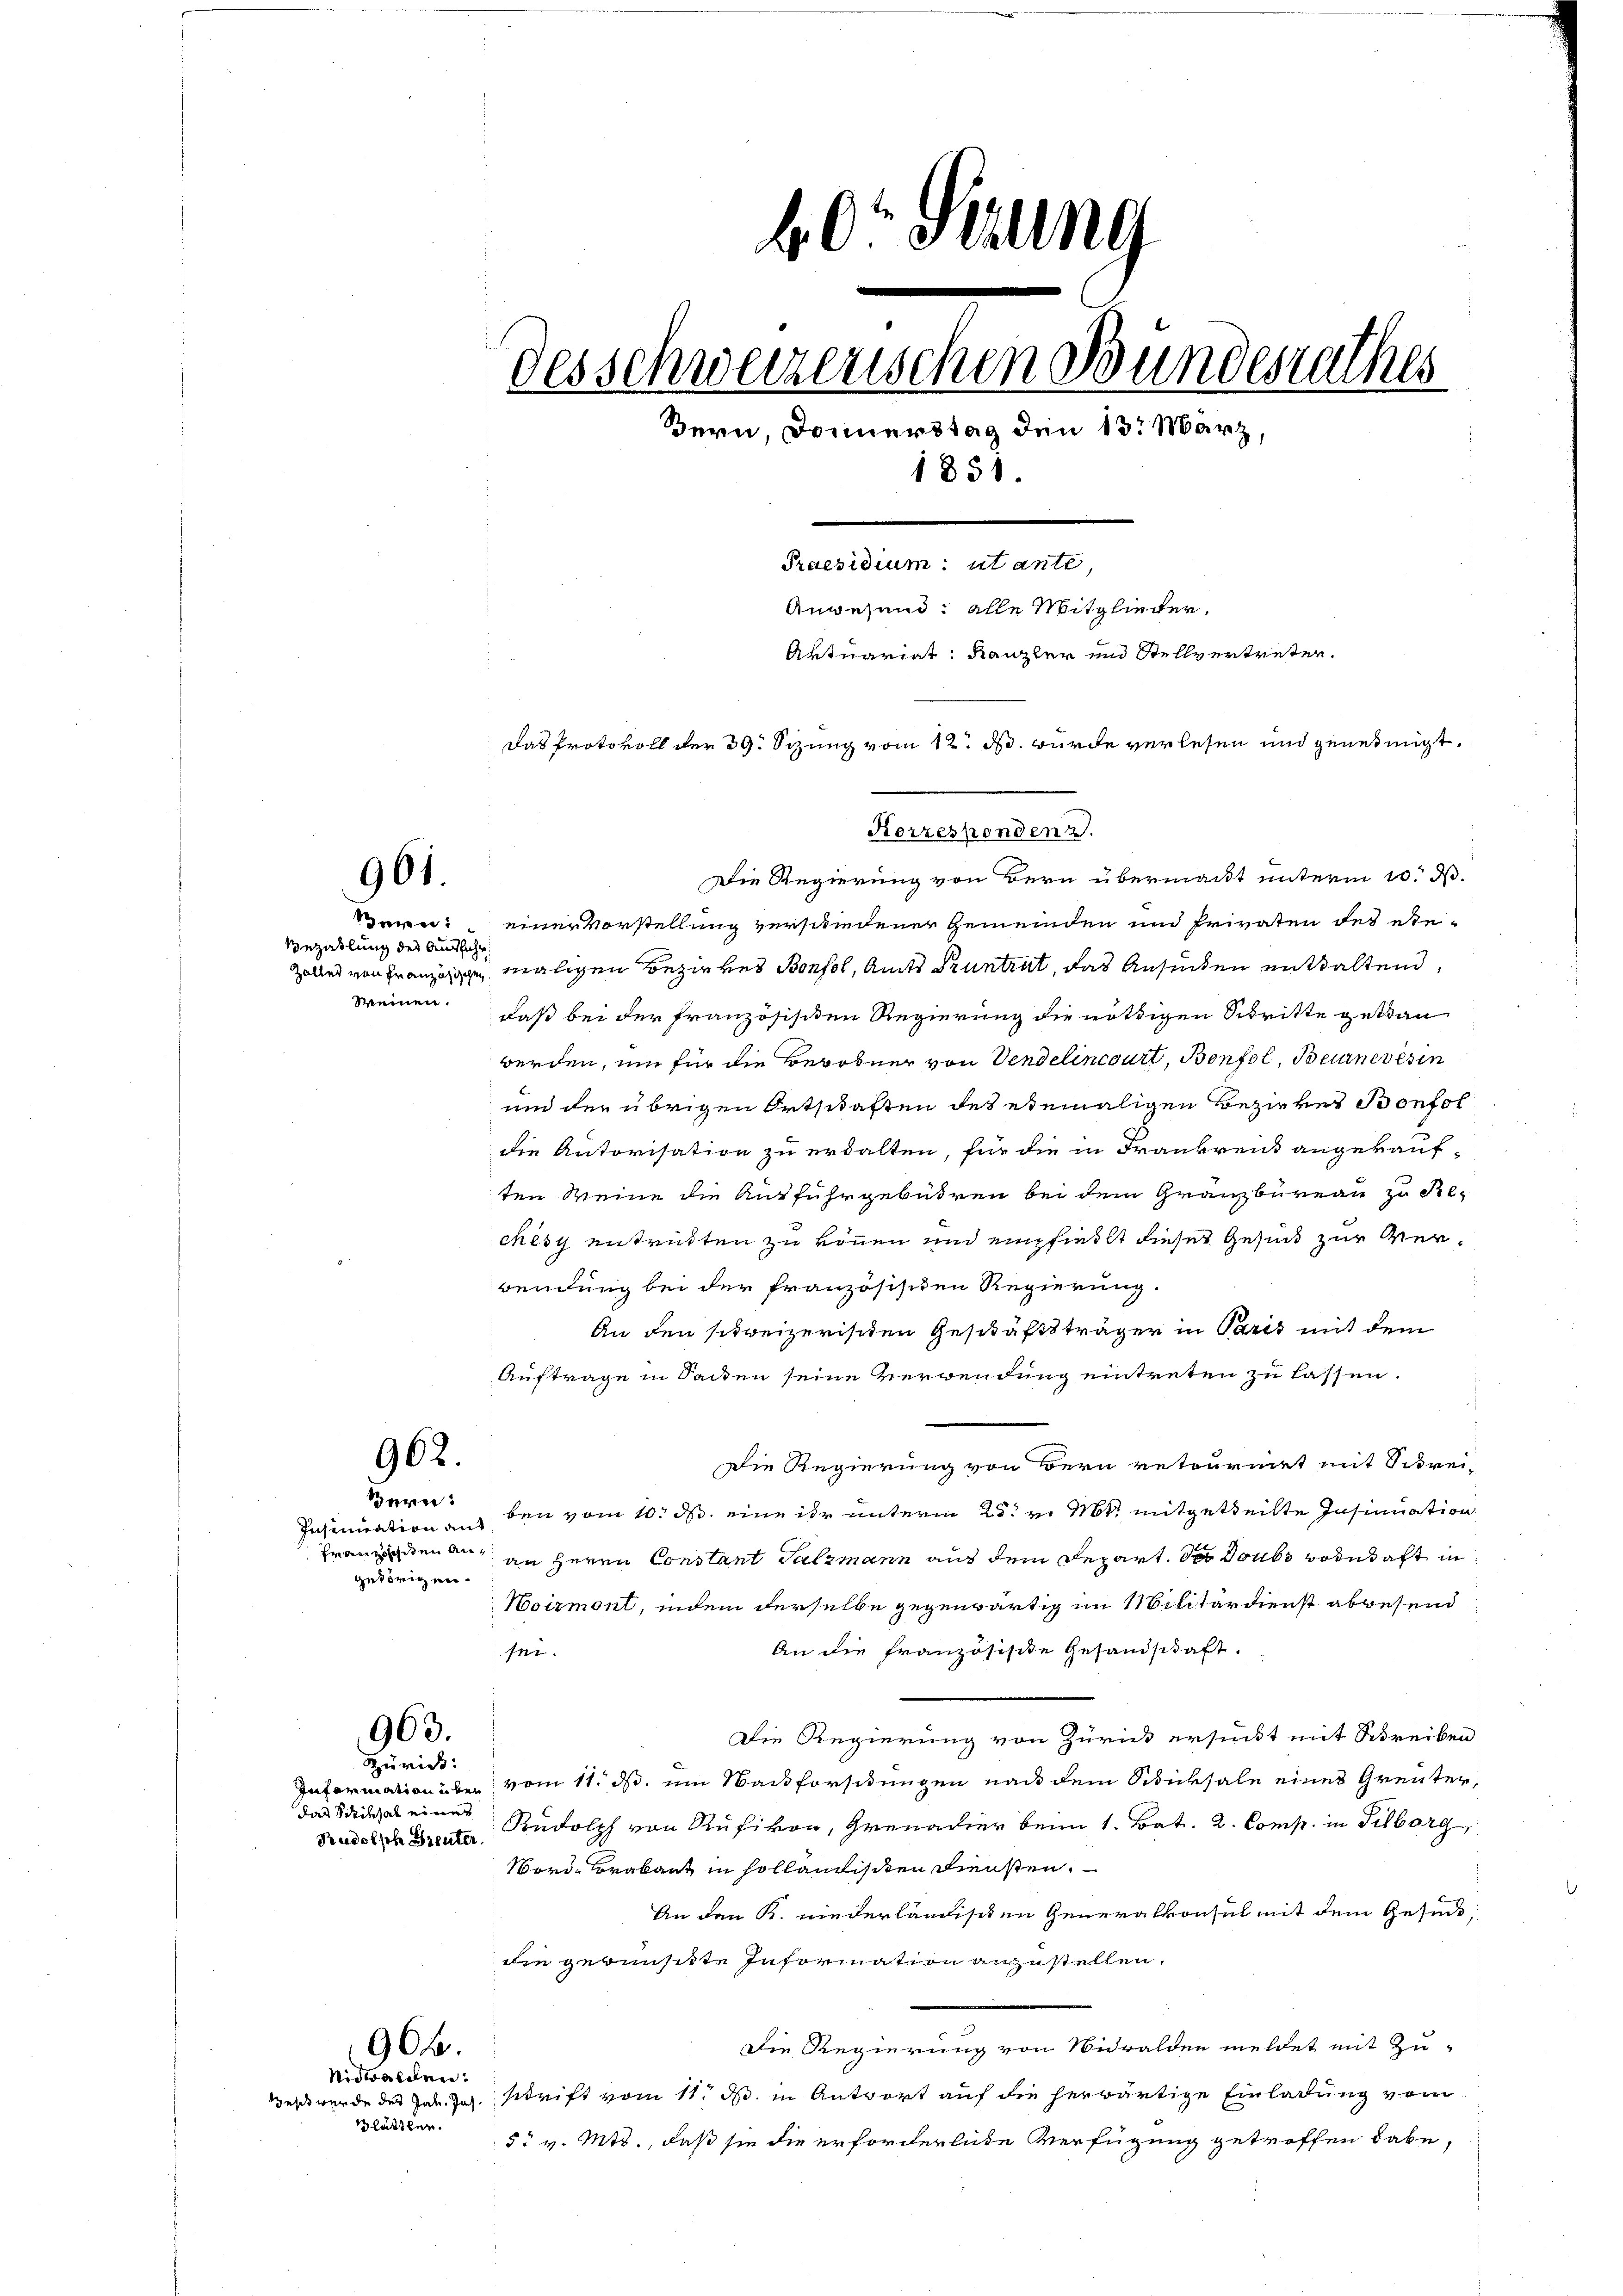
961.

e
Bezahlung des Ausführ
Weinen.

962.

Bern:
getörigen.

963.

Zürich:
Information u ber
das Scriksal eines
Rudolsche Greuter

Nidwalden:
Glättler.

966.

40' Sizung
desschweizerischen Bundesrathes
Bern, Donnerstag den 13. März,
1851.
Praesidium: utante,
Anwesend: alle Mitglieder.
Aktuariat Kanzler und Stellvertreten.
Das Protokoll der 39. Sizung vom 12. ds. wurde verlesen und genehmigt.

Die Regierung von Bern übermacht unterm 10. d.
einer Vorstellung verschiedener Gemeinden und Privaten des ese-
Zoller von Französige maligen Bezirkes Bonsol, Amts Pruntrut, das Ansuchen enthaltend,
daß bei der französisiden Regierung die nöthigen Schritte getau
werden, um für die Berobner von Vendelincourt, Bonfol, Beurnevesin
und der übrigen Ortschaften des ebemaligen Bezirkes Bonfol
die Autorisation zu erwalten, für die in Frankreis angekauf-
ten Meine die Auffuhrgebühren bei dem Gränzbureau zu Reches entritten zu können und empfiehlt dieses Gesind zur Verwendung bei der französischen Regierung.
An den schreizerischen Geschäftsträger in Paris mit dem
Auftrage in Sacken seine Verwendung eintreten zu lassen.
Die Regierung von Bern retournirt mit Schrei-
Insinuation auf den vom 10. d. eine ihr unterm 25. v. Mts. mitgetheilte Insinuation
Franzen an an Herrn Constant Salzmann aus dem Depart. des doubs Bodetaft in
Woirmont, indem derselbe gegenwärtig im Militärdienst abwesend
An die französische Gesandschaft.
sei.
Die Regierung von Zürick ersunkt mit Schreiben
vom 11. ds. um Wandforstungen nach dem Sticksale eines Grenter,
Rudolph von Rufivon, Grenadier beim 1. Bat. 2. Comp. in Silberg,
worde Brabant in Holländischen Diensten.
An den K. niederländischen Generalkonsul mit dem Gesuche,
die gewünsitte Information anzustellen.
Die Regierung von Nidwalden meldet mit Zu-
Westwerde des Jak. Jos. schrift vom 11. M. in Antwort auf die herwärtige Einladung vom
5. v. Mts., daß sie die erforderliche Verfügung getroffen habe,

Korrespenden.